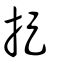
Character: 捉